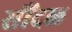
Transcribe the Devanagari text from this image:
सौंदळ